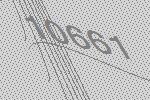
10661